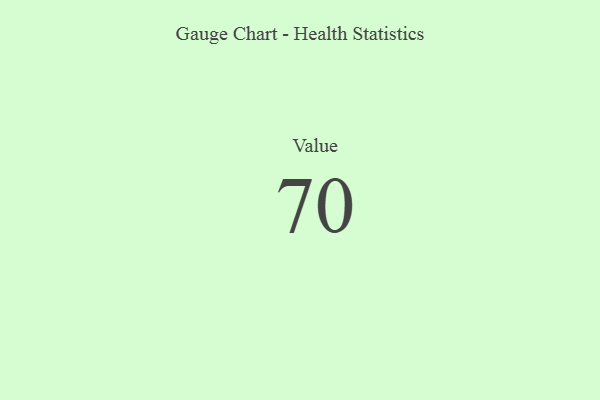
{"axis": {"x": "Metric", "y": "Value"}, "legend": [""], "data": [{"x": "Value", "y": 70, "type": ""}]}